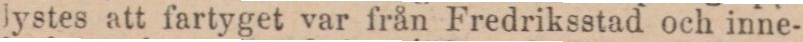
lystes att fartyget var från Fredriksstad och inne-